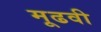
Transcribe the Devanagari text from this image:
मूढवी